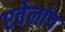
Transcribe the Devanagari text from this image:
एवेलांच